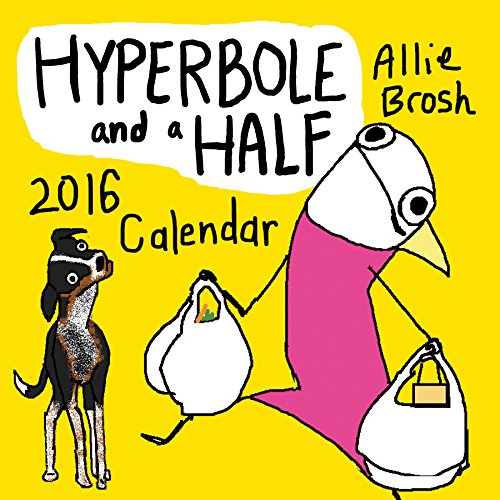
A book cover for Hyperbole and a Half 2016 Wall Calendar; Allie Brosh; Calendars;